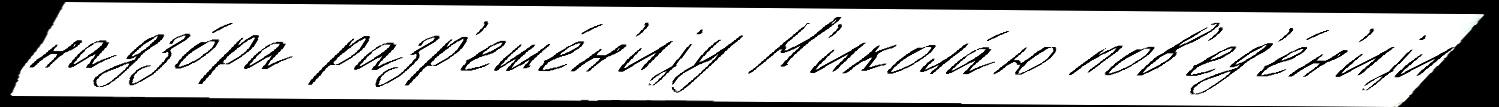
надзо́ра разр'еше́н'иjу Н'икола́ю пов'ед'е́н'иjи